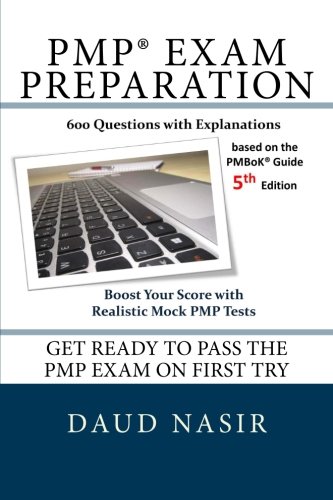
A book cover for PMP Exam Preparation: 600 Questions with Explanations; Daud Nasir; Test Preparation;